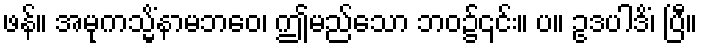
ဖန်။ အမုကသ္မိံနာမဘဝေ၊ ဤမည်သော ဘဝ၌၎င်း။ ပ။ ဥဒပါဒိံ၊ ပြီ။